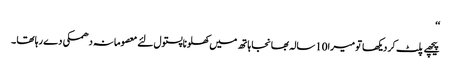
‘‘
پیچھے پلٹ کر دیکھا تو میرا10سالہ بھانجا ہاتھ میں کھلونا پستول لئے معصومانہ دھمکی دے رہا تھا ۔